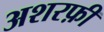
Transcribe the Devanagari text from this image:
अशरफ़ी